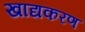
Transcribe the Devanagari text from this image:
खाद्यकरण